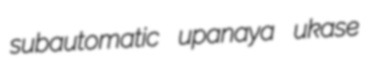
subautomatic upanaya ukase